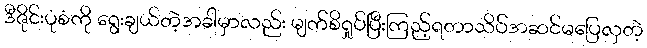
ဒီဇိုင်းပုံစံကို ရွေးချယ်တဲ့အခါမှာလည်း မျက်စိရှုပ်ပြီးကြည့်ရတာသိပ်အဆင်မပြေလှတဲ့